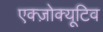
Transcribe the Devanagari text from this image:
एक्ज़ोक्यूटिव